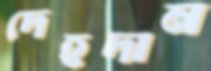
দেহদান